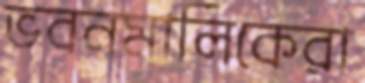
ভবনমালিকেরা